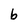
Character: b